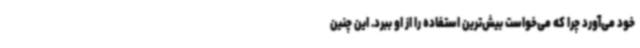
خود می‌آورد چرا که می‌خواست بیش‌ترین استفاده را از او ببرد. این چنین